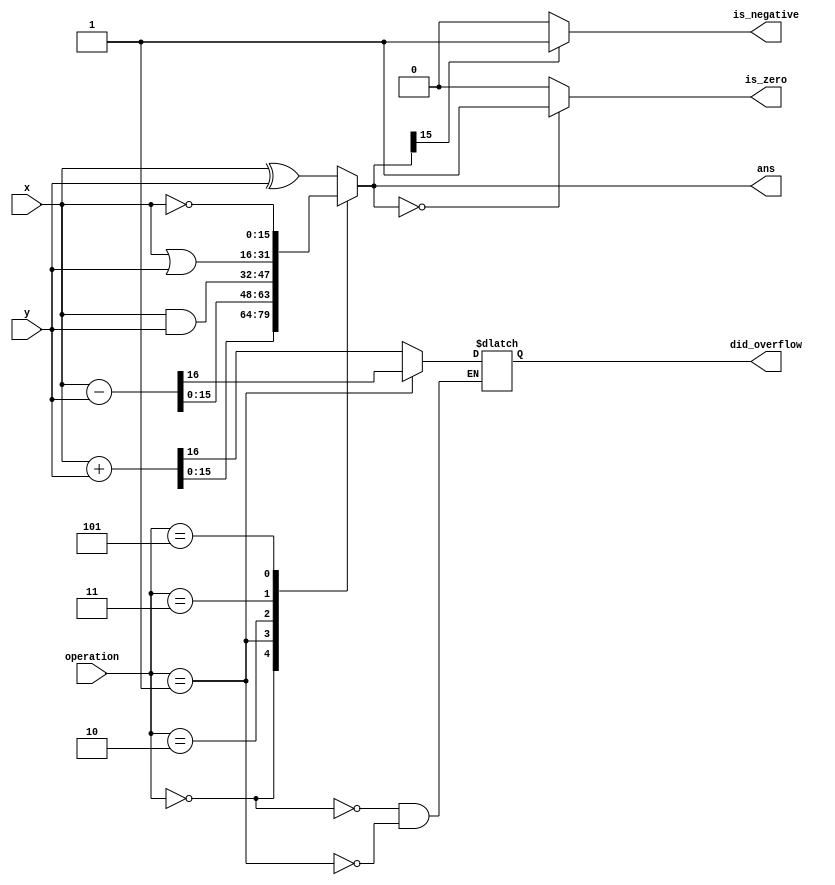
module alu 
  #(
    parameter integer word_len = 16,
    parameter integer op_len = 16
    ) (
    input [(word_len-1):0] x, y,
    input [op_len-1:0] operation,
    output reg [word_len-1:0] ans,
    output reg did_overflow,
    is_negative,
    is_zero
);
    initial begin
        ans = 0;
        did_overflow  = 0;
    end
    always @(*) begin
        case (operation)
          0: begin // +
            {did_overflow,ans} = x+y;
          end
          1: begin // -
            {did_overflow,ans} = x-y;
          end
          2: begin // &
            ans = x & y;
          end
          3: begin // |
            ans = x | y;
          end
          4: begin // ^
            ans = x ^ y;
          end
          5: begin // ~a
            ans = ~ x;
          end
          default: begin
            ans = x ^ y;
          end
        endcase
      is_zero = (ans == ({word_len{1'b0}}))? 1'b1: 1'b0;
      is_negative = (ans[word_len-1] == 1)? 1'b1: 1'b0;
    end
endmodule